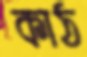
কাঠ